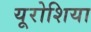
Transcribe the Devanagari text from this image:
यूरोशिया